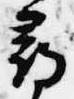
尋